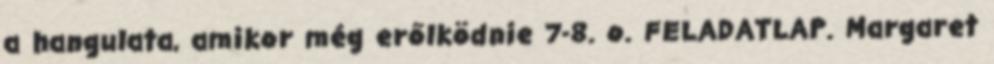
a hangulata, amikor még erőlködnie 7-8. o. FELADATLAP. Margaret